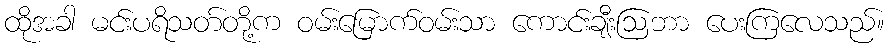
ထိုအခါ မင်းပရိသတ်တို့က ဝမ်းမြောက်ဝမ်းသာ ကောင်းချီးဩဘာ ပေးကြလေသည်။